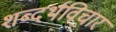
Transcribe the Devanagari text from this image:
शब्दर्थविचार